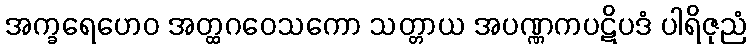
အက္ခရေဟေဝ အတ္ထဂဝေသကော သတ္တာယ အပဏ္ဏကပဋိပဒံ ပါရိဇုညံ